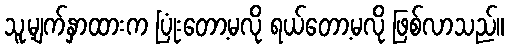
သူ့မျက်နှာထားက ပြုံးတော့မလို ရယ်တော့မလို ဖြစ်လာသည်။